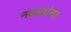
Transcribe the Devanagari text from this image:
नकलांना